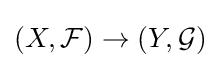
(X,{\mathcal {F}})\to (Y,{\mathcal {G}})